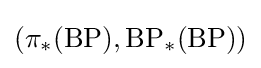
(\pi _{*}({\text{BP}}),{\text{BP}}_{*}({\text{BP}}))